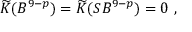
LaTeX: \widetilde { K } ( B ^ { 9 - p } ) = \widetilde { K } ( S B ^ { 9 - p } ) = 0 \ ,